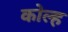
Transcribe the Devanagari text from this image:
कोल्ह